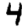
Digit: 4